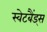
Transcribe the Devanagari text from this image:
स्वेटबैंड्स